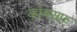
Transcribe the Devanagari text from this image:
कोमसफ़